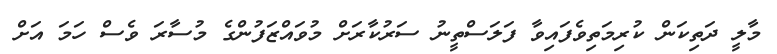
މާލީ ދަތިކަން ކުރިމަތިވެފައިވާ ފަލަސްތީނު ސަރުކާރަށް މުވައްޒަފުންގެ މުސާރަ ވެސް ހަމަ އަށް